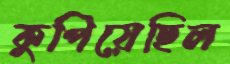
কুপিয়েছিল